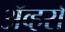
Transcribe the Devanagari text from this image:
ॲव्हरो